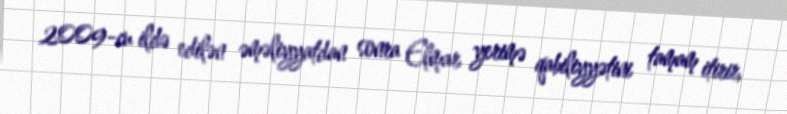
2009-cu ildə edilən əməliyyatdan sonra Elmar yerimə qabiliyyətini tamam itirir,